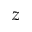
z